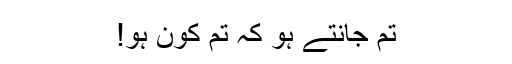
تم جانتے ہو کہ تم کون ہو!